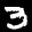
Label: 3